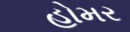
હોમર